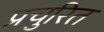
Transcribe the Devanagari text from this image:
प्रचुरित